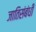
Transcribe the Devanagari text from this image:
जातिसंबंधी